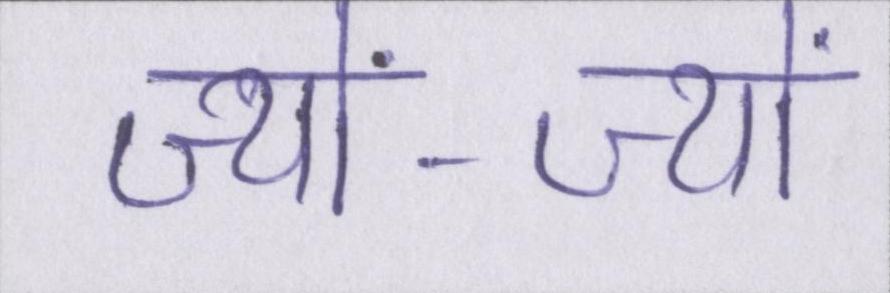
ज्यों-ज्यों